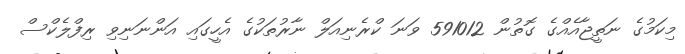
މިކަމުގެ ނަތީޖާއެއްގެ ގޮތުން 591012 ވަނަ ކްރެނިއަލް ނާރުތަކުގެ އެހީގައި އަންނަނިވި ރިފްލެކްސް